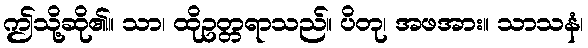
ဤသို့ဆို၏။ သာ၊ ထိုဥတ္တရာသည်။ ပိတု၊ အဖအား။ သာသနံ၊